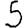
Digit: 5